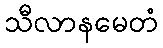
သီလာနမေတံ